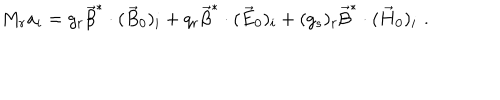
M _ { r } a _ { i } = g _ { r } \vec { \beta } ^ { * } \cdot ( \vec { B } _ { 0 } ) _ { i } + q _ { r } \vec { \beta } ^ { * } \cdot ( \vec { E } _ { 0 } ) _ { i } + ( g _ { s } ) _ { r } \vec { \beta } ^ { * } \cdot ( \vec { H } _ { 0 } ) _ { i } \, \, .